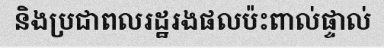
និងប្រជាពលរដ្ឋរងផលប៉ះពាល់ផ្ទាល់